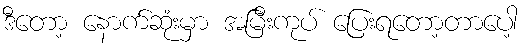
ဒီတော့ နောက်ဆုံးမှာ အမြီးကုပ် ပြေးရတော့တာပေါ့